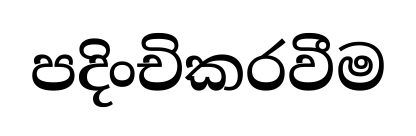
පදිංචිකරවීම